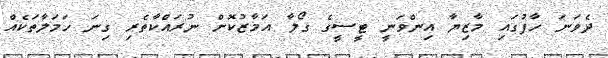
ދެވަނަ ހާފުގައި މާޒިޔާ އިންވަނީ ޓީސީގެ ގޯލާ އަމާޒުކޮށް ނުރައްކާތެރި ގިނަ ހަމަލާތަކެއް